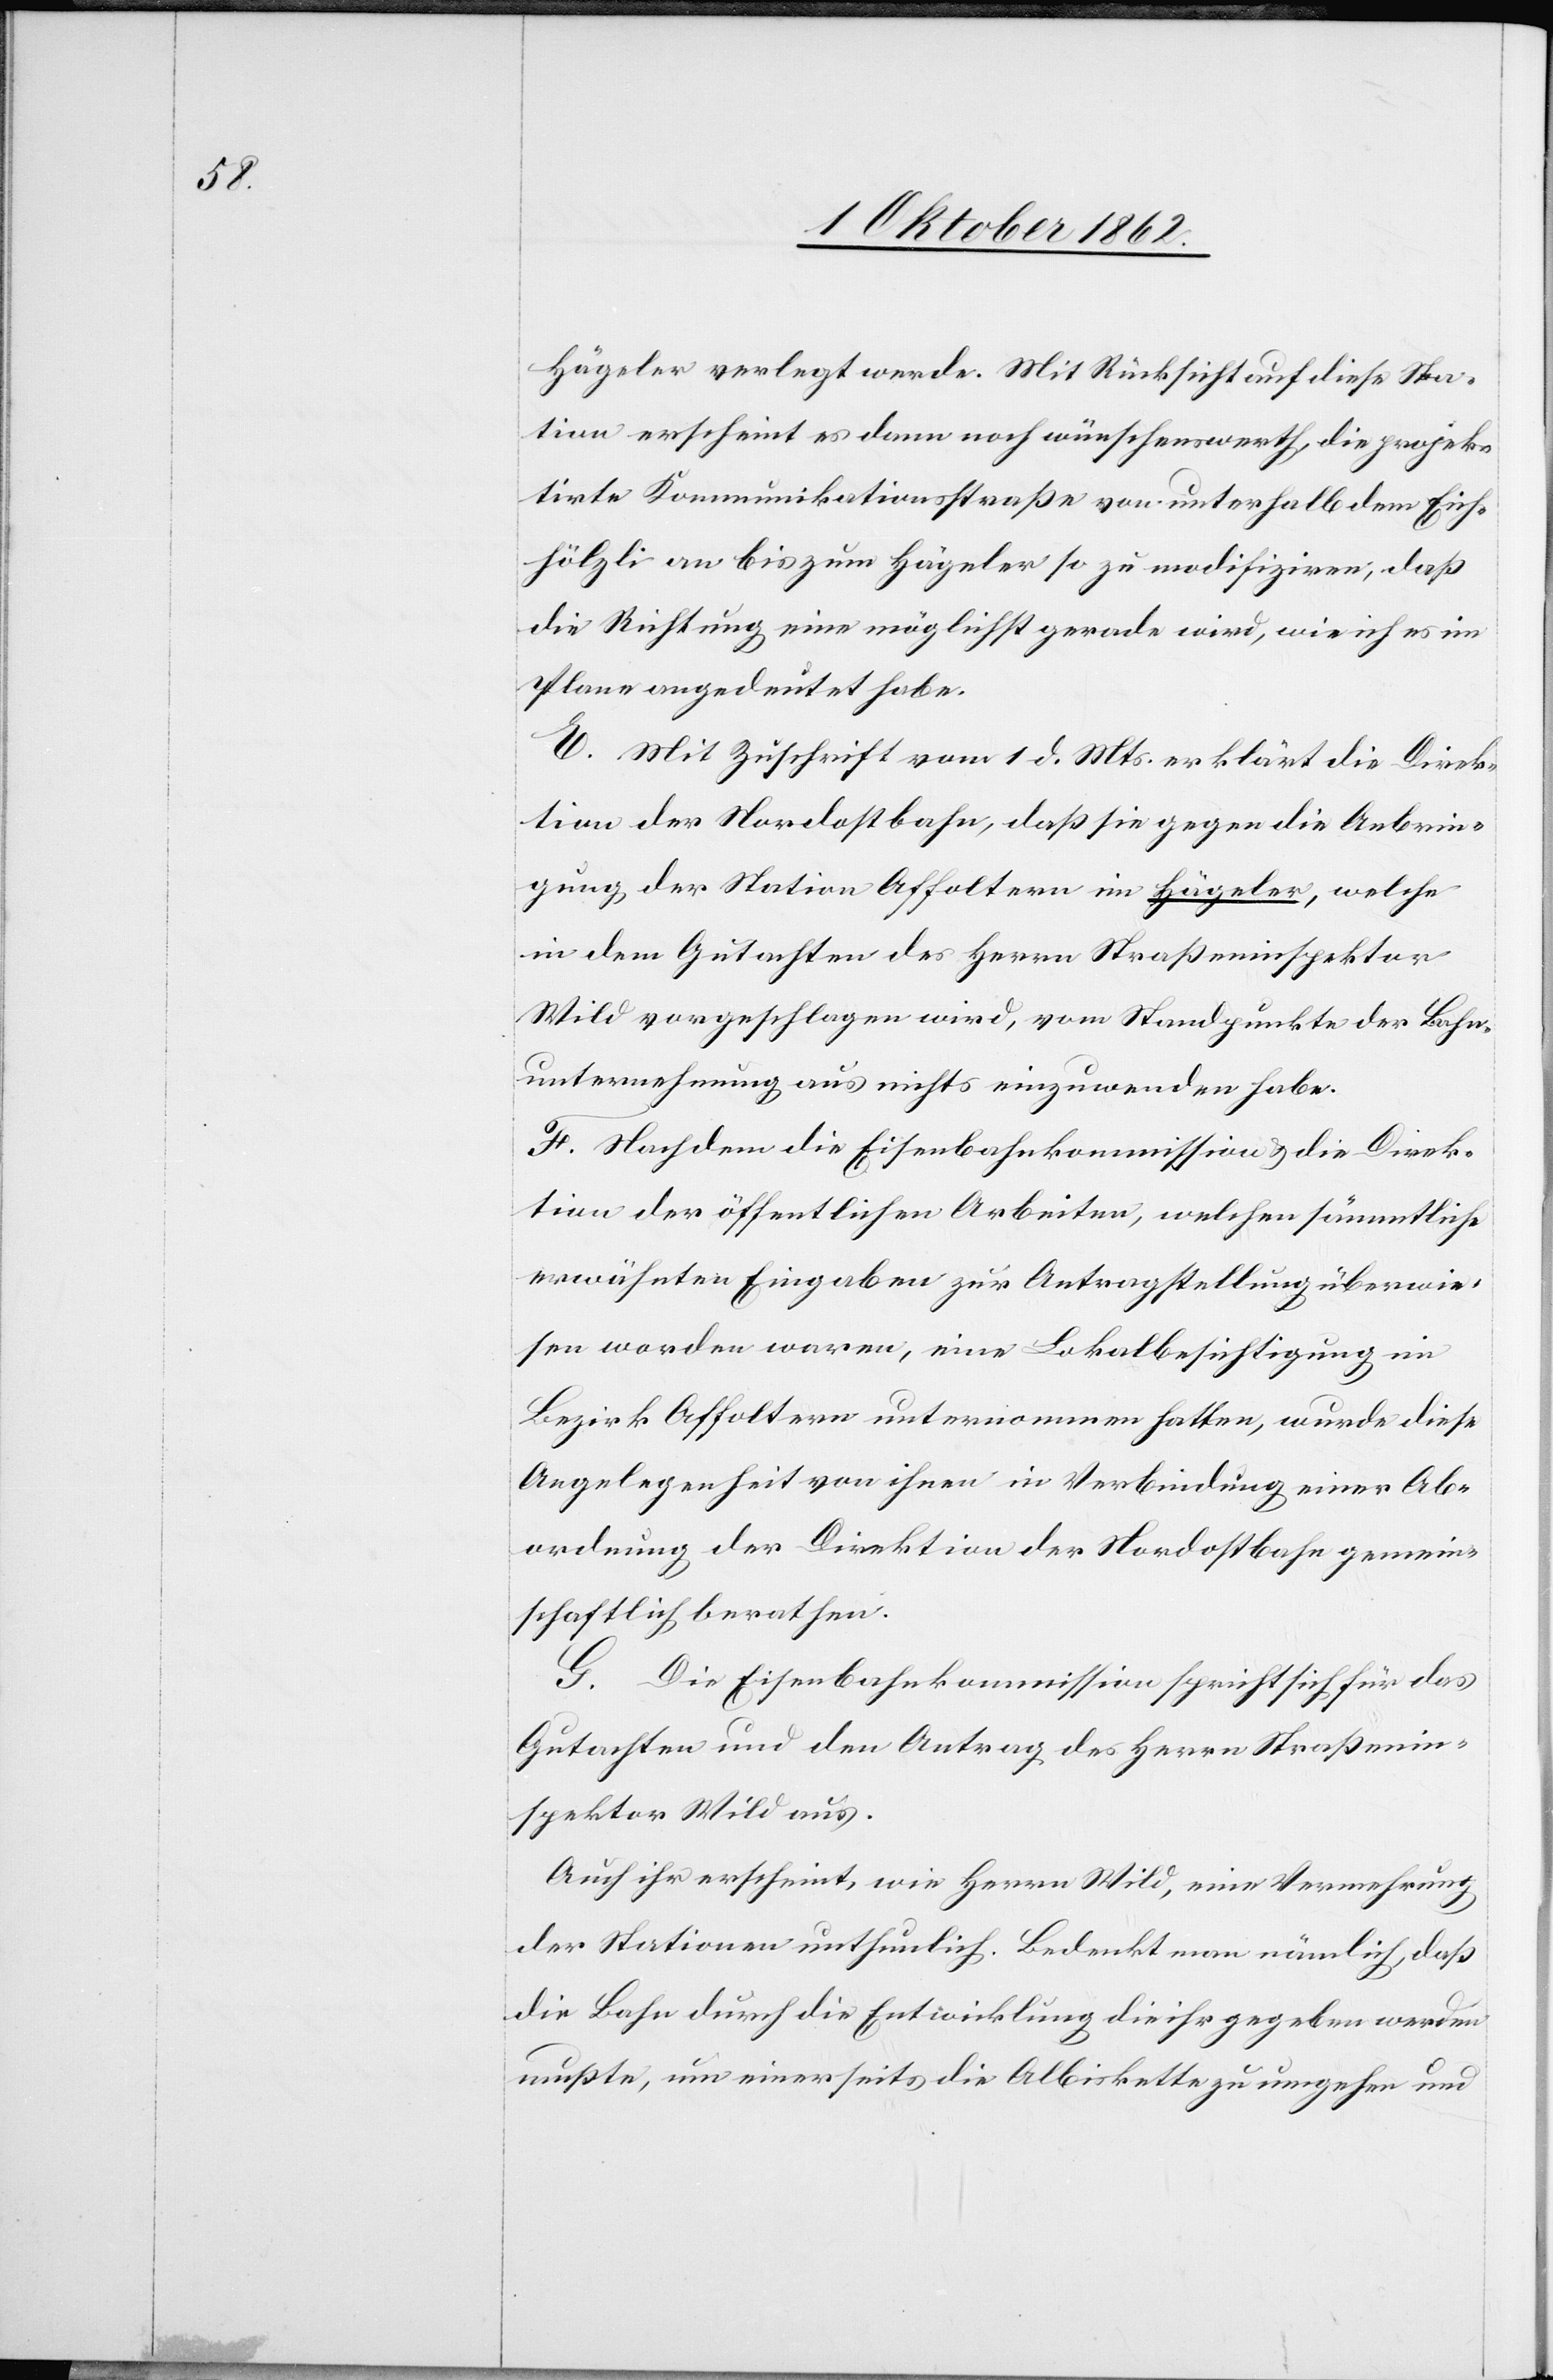
Hägeler verlegt werde. Mit Rücksicht auf diese Sta¬
tion erscheint es dann noch wünschenswerth, die projek¬
tirte Kommunikationsstraße von unterhalb dem Eich¬
hölzli an bis zum Hägeler so zu modifiziren, daß
die Richtung eine möglichst gerade wird, wie ich es im
Plane angedeutet habe.
E. Mit Zuschrift vom 1. d. Mts. erklärt die Direk¬
tion der Nordostbahn, daß sie gegen die Anbrin¬
gung der Station Affoltern im Hägeler, welche
in dem Gutachten des Herrn Straßeninspektor
Wild vorgeschlagen wird, vom Standpunkte der Bahn¬
unternehmung aus nichts einzuwenden habe.
F. Nachdem die Eisenbahnkommission u. die Direk¬
tion der öffentlichen Arbeiten, welche sämmtliche
erwähnten Eingaben zur Antragstellung überwie¬
sen worden waren, eine Lokalbesichtigung im
Bezirk Affoltern unternommen hatten, wurde diese
Angelegenheit von ihnen in Verbindung einer Ab¬
ordnung der Direktion der Nordostbahn gemein¬
schaftlich berathen.
G. Die Eisenbahnkommission spricht sich für das
Gutachten und den Antrag des Herrn Straßenin¬
spektor Wild aus.
Auch ihr erscheint, wie Herrn Wild, eine Vermehrung
der Stationen unthunlich. Bedenkt man nämlich, daß
die Bahn durch die Entwicklung die ihr gegeben werden
mußte, um einerseits die Albiskette zu umgehen und